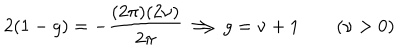
LaTeX: 2 ( 1 - g ) = - \frac { ( 2 \pi ) ( 2 \nu ) } { 2 \pi } \Longrightarrow g = \nu + 1 \qquad ( \nu > 0 )